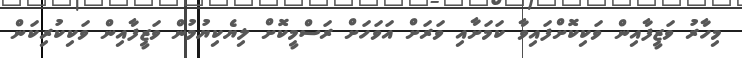
މިހާރު ވަޒީފާއިން ވަކިކޮށްފައިވާ ކަމަށާއި ވަރަށް އަވަހަށް ރަސްމީކޮށް ލިޔެކިޔުމުން ވަޒީފާއިން ވަކިކުރިކަން